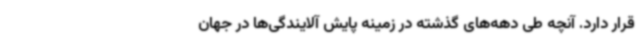
قرار دارد. آنچه طی دهه‌های گذشته در زمینه پایش آلایندگی‌ها در جهان